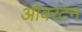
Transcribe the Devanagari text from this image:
ओवरटन